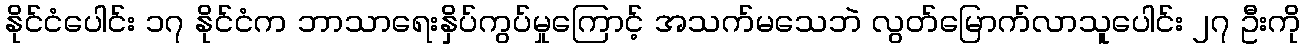
နိုင်ငံပေါင်း ၁၇ နိုင်ငံက ဘာသာရေးနှိပ်ကွပ်မှုကြောင့် အသက်မသေဘဲ လွတ်မြောက်လာသူပေါင်း ၂၇ ဦးကို